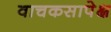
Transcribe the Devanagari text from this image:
वाचकसापेक्ष